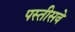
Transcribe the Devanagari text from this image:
पस्तीसवे